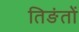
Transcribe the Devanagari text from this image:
तिङंतों